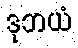
ဒုဘယံ